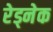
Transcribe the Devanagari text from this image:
रेड्नेक